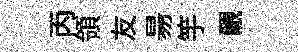
丙領友昜竽覼